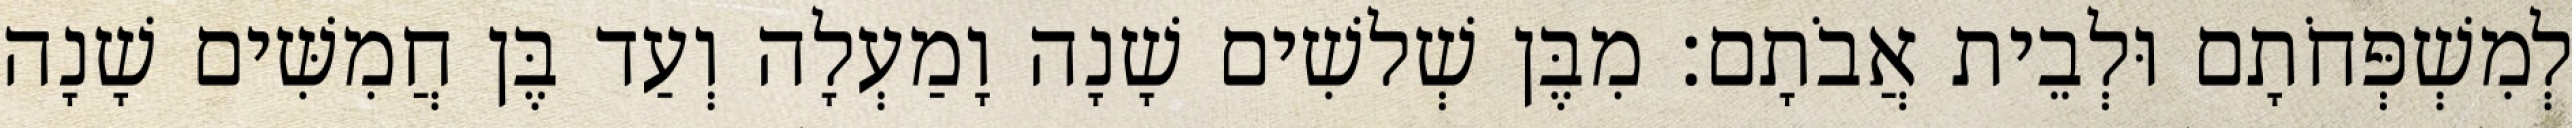
לְמִשְׁפְּחֹתָם וּלְבֵית אֲבֹתָם׃ מִבֶּן שְׁלשִׁים שָׁנָה וָמַעְלָה וְעַד בֶּן חֲמִשִּׁים שָׁנָה